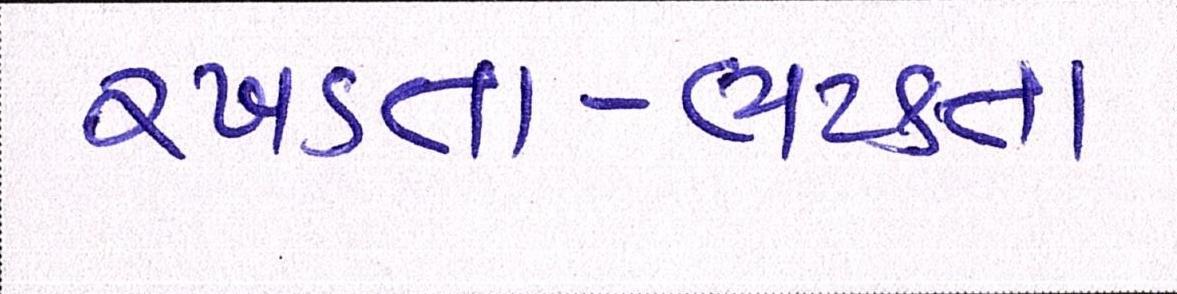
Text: રખડતા-ભટકતા